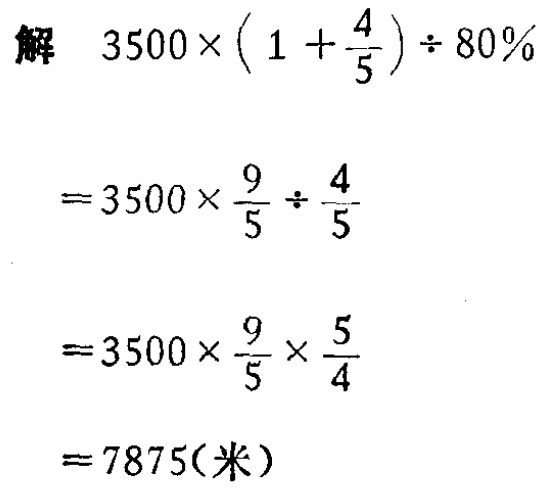
\[

\begin{align*}

&3500\times(1 + \frac{4}{5})\div 80\%\\

=&3500\times\frac{9}{5}\div\frac{4}{5}\\

=&3500\times\frac{9}{5}\times\frac{5}{4}\\

=&7875(米)

\end{align*}

\]